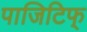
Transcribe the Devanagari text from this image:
पाजिटिफ्